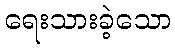
ရေးသားခဲ့သော